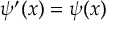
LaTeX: \psi ^ { \prime } ( x ) = \psi ( x )